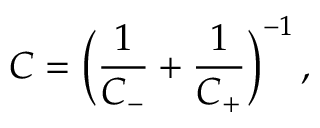
C = \Bigl ( { \frac { 1 } { C _ { - } } + \frac { 1 } { C _ { + } } } \Bigr ) ^ { - 1 } \, ,